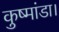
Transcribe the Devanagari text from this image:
कुष्मांडा।